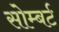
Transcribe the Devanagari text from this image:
सोम्बर्ट